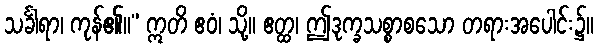
သင်္ခါရာ၊ ကုန်၏။” ဣတိ ဧဝံ၊ သို့။ ဧတ္ထ၊ ဤဒုက္ခသစ္စာစသော တရားအပေါင်း၌။